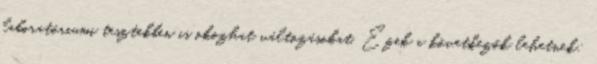
laboratóriumi tesztekben is okozhat változásokat. Ezek a következők lehetnek: